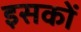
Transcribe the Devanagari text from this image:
इसकों